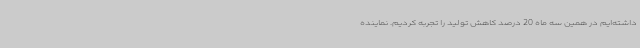
داشته‌ایم در همین سه ماه 20 درصد کاهش تولید را تجربه کردیم. نماینده